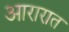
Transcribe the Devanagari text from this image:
आरारात